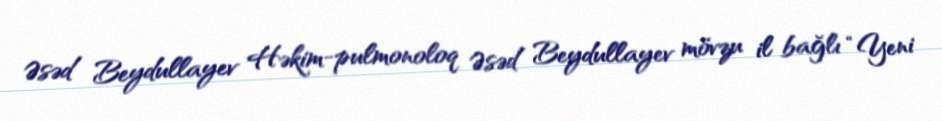
Əsəd Beydullayev Həkim-pulmonoloq Əsəd Beydullayev mövzu il bağlı “Yeni